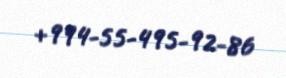
+994-55-495-92-86